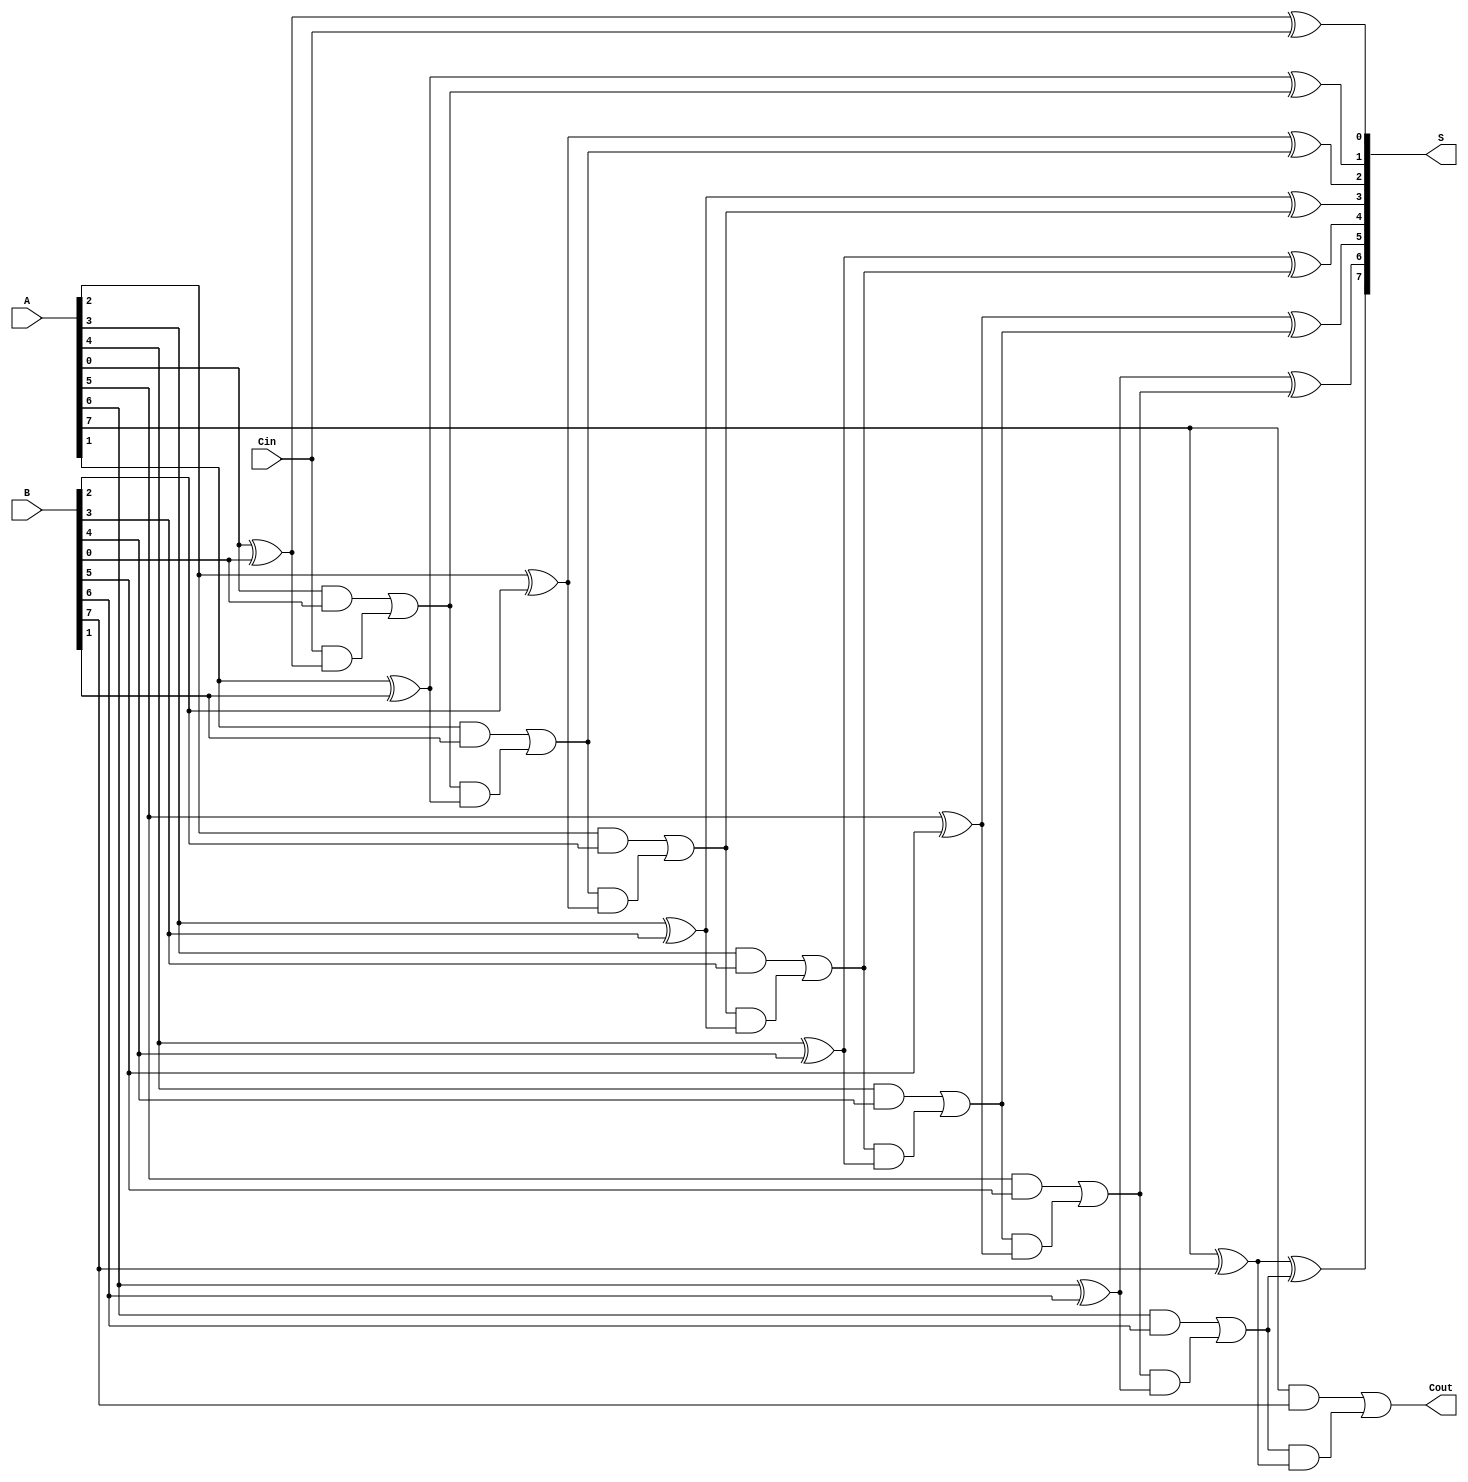
module ManchesterCarryChainAdder #(parameter N = 8) (
    input  wire [N-1:0] A,      // First operand
    input  wire [N-1:0] B,      // Second operand
    input  wire Cin,             // Carry-in
    output wire [N-1:0] S,       // Sum output
    output wire Cout             // Carry-out
);

    wire [N:0] C;               // Carry signals (C[0] is Cin)
    assign C[0] = Cin;          // Initialize carry-in

    genvar i;
    generate
        for (i = 0; i < N; i = i + 1) begin : adder
            // Sum calculation
            assign S[i] = A[i] ^ B[i] ^ C[i];

            // Carry calculation
            assign C[i + 1] = (A[i] & B[i]) | (C[i] & (A[i] ^ B[i]));
        end
    endgenerate

    assign Cout = C[N];         // Final carry-out

endmodule